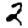
Digit: 2